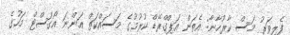
ފެލިވަރު މަސް ކާރުހާނާ: އެތަން އަޕްގްރޭޑް ކުރުމުގެ މަސައްކަތް އަންނަ އޯގަސްޓް މަހުގެ